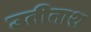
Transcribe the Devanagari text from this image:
उतीनाश